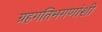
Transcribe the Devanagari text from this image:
ग्रहगतिभगणांशी